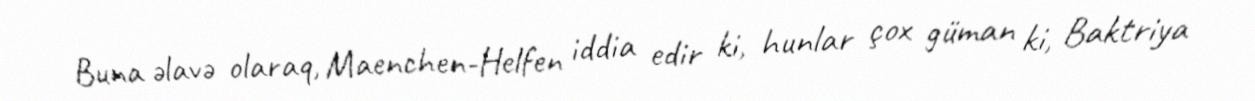
Buna əlavə olaraq, Maenchen-Helfen iddia edir ki, hunlar çox güman ki, Baktriya